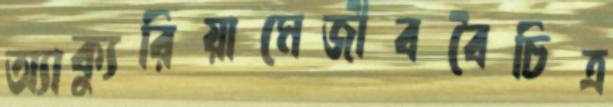
অ্যাক্যুরিয়ামেজীববৈচিত্র